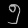
Digit: ၅